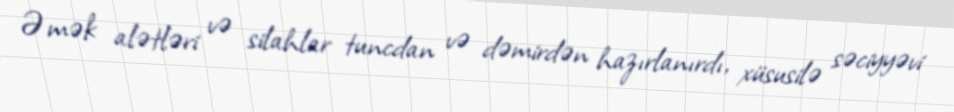
Əmək alətləri və silahlar tuncdan və dəmirdən hazırlanırdı, xüsusilə səciyyəvi